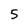
Character: 5